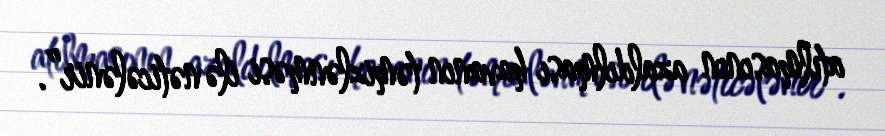
atılmasının azaldılması havanın təmizlənməsi ilə nəticələnir”.